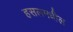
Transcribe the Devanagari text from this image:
हसलमधील